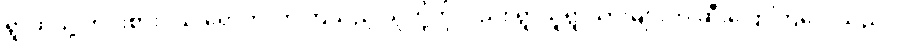
ရွာထဲသို့ ဟင်းစားဝယ် ရောက်လာကြသည့် သူတို့ကိုလည်း ရွာသူရွာသားများက ဆီးပြောကြလေသည်။